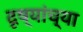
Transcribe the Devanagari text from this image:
दृष्यांच्या